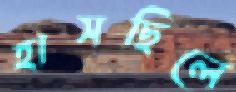
হাসছিলে